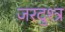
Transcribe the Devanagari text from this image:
जरदुश्त्र